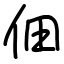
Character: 佃